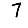
Digit: 7